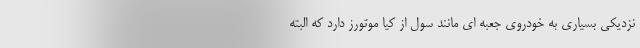
نزدیکی بسیاری به خودروی جعبه ای مانند سول از کیا موتورز دارد که البته